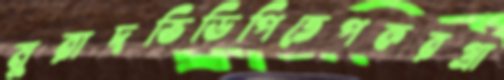
মুরাদভিডিপিতেপকরগ্রা